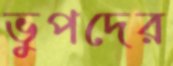
ভুপদের